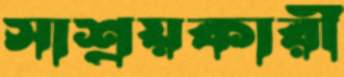
সাশ্রয়কারী